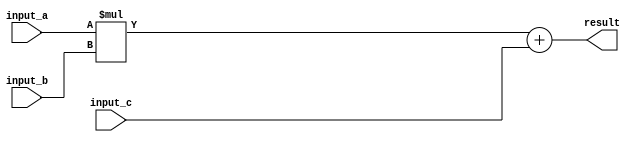
module fma_fpu (
  input wire [31:0] input_a,
  input wire [31:0] input_b,
  input wire [31:0] input_c,
  output reg [31:0] result
);

reg [31:0] product;

// Unpack inputs and perform multiplication
always @* begin
  product = input_a * input_b;
end

// Add the third operand to the result
always @* begin
  result = product + input_c;
end

endmodule